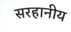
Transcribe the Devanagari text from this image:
सरहानीय